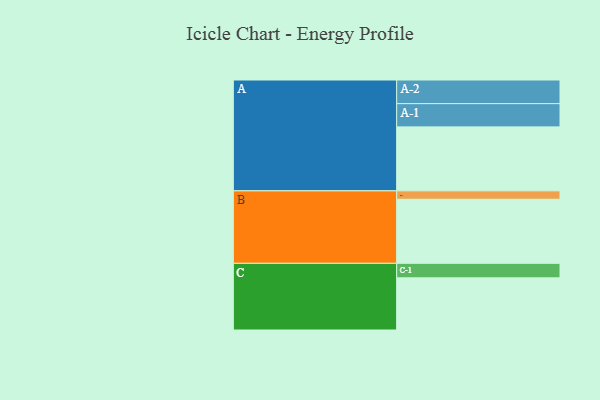
{"axis": {"x": "Segment", "y": "Value"}, "legend": ["", "A", "B", "C"], "data": [{"x": "A", "y": 595, "type": ""}, {"x": "B", "y": 596, "type": ""}, {"x": "C", "y": 485, "type": ""}, {"x": "A-1", "y": 216, "type": "A"}, {"x": "A-2", "y": 220, "type": "A"}, {"x": "B-1", "y": 78, "type": "B"}, {"x": "C-1", "y": 135, "type": "C"}]}